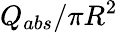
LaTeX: Q_{abs}/\pi R^{2}